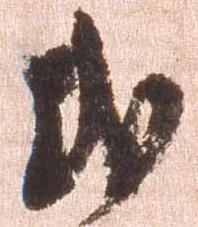
式